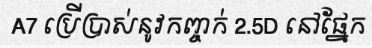
A7 ប្រើប្រាស់នូវកញ្ចក់ 2.5D នៅផ្នែក